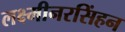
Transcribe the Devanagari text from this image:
लक्ष्मीनरसिंहन